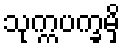
သုက္ကပက္ခမှိ